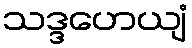
သဒ္ဒဟေယျံ